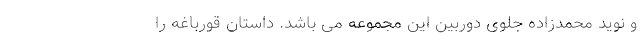
و نوید محمدزاده جلوی دوربین این مجموعه می باشد. داستان قورباغه را